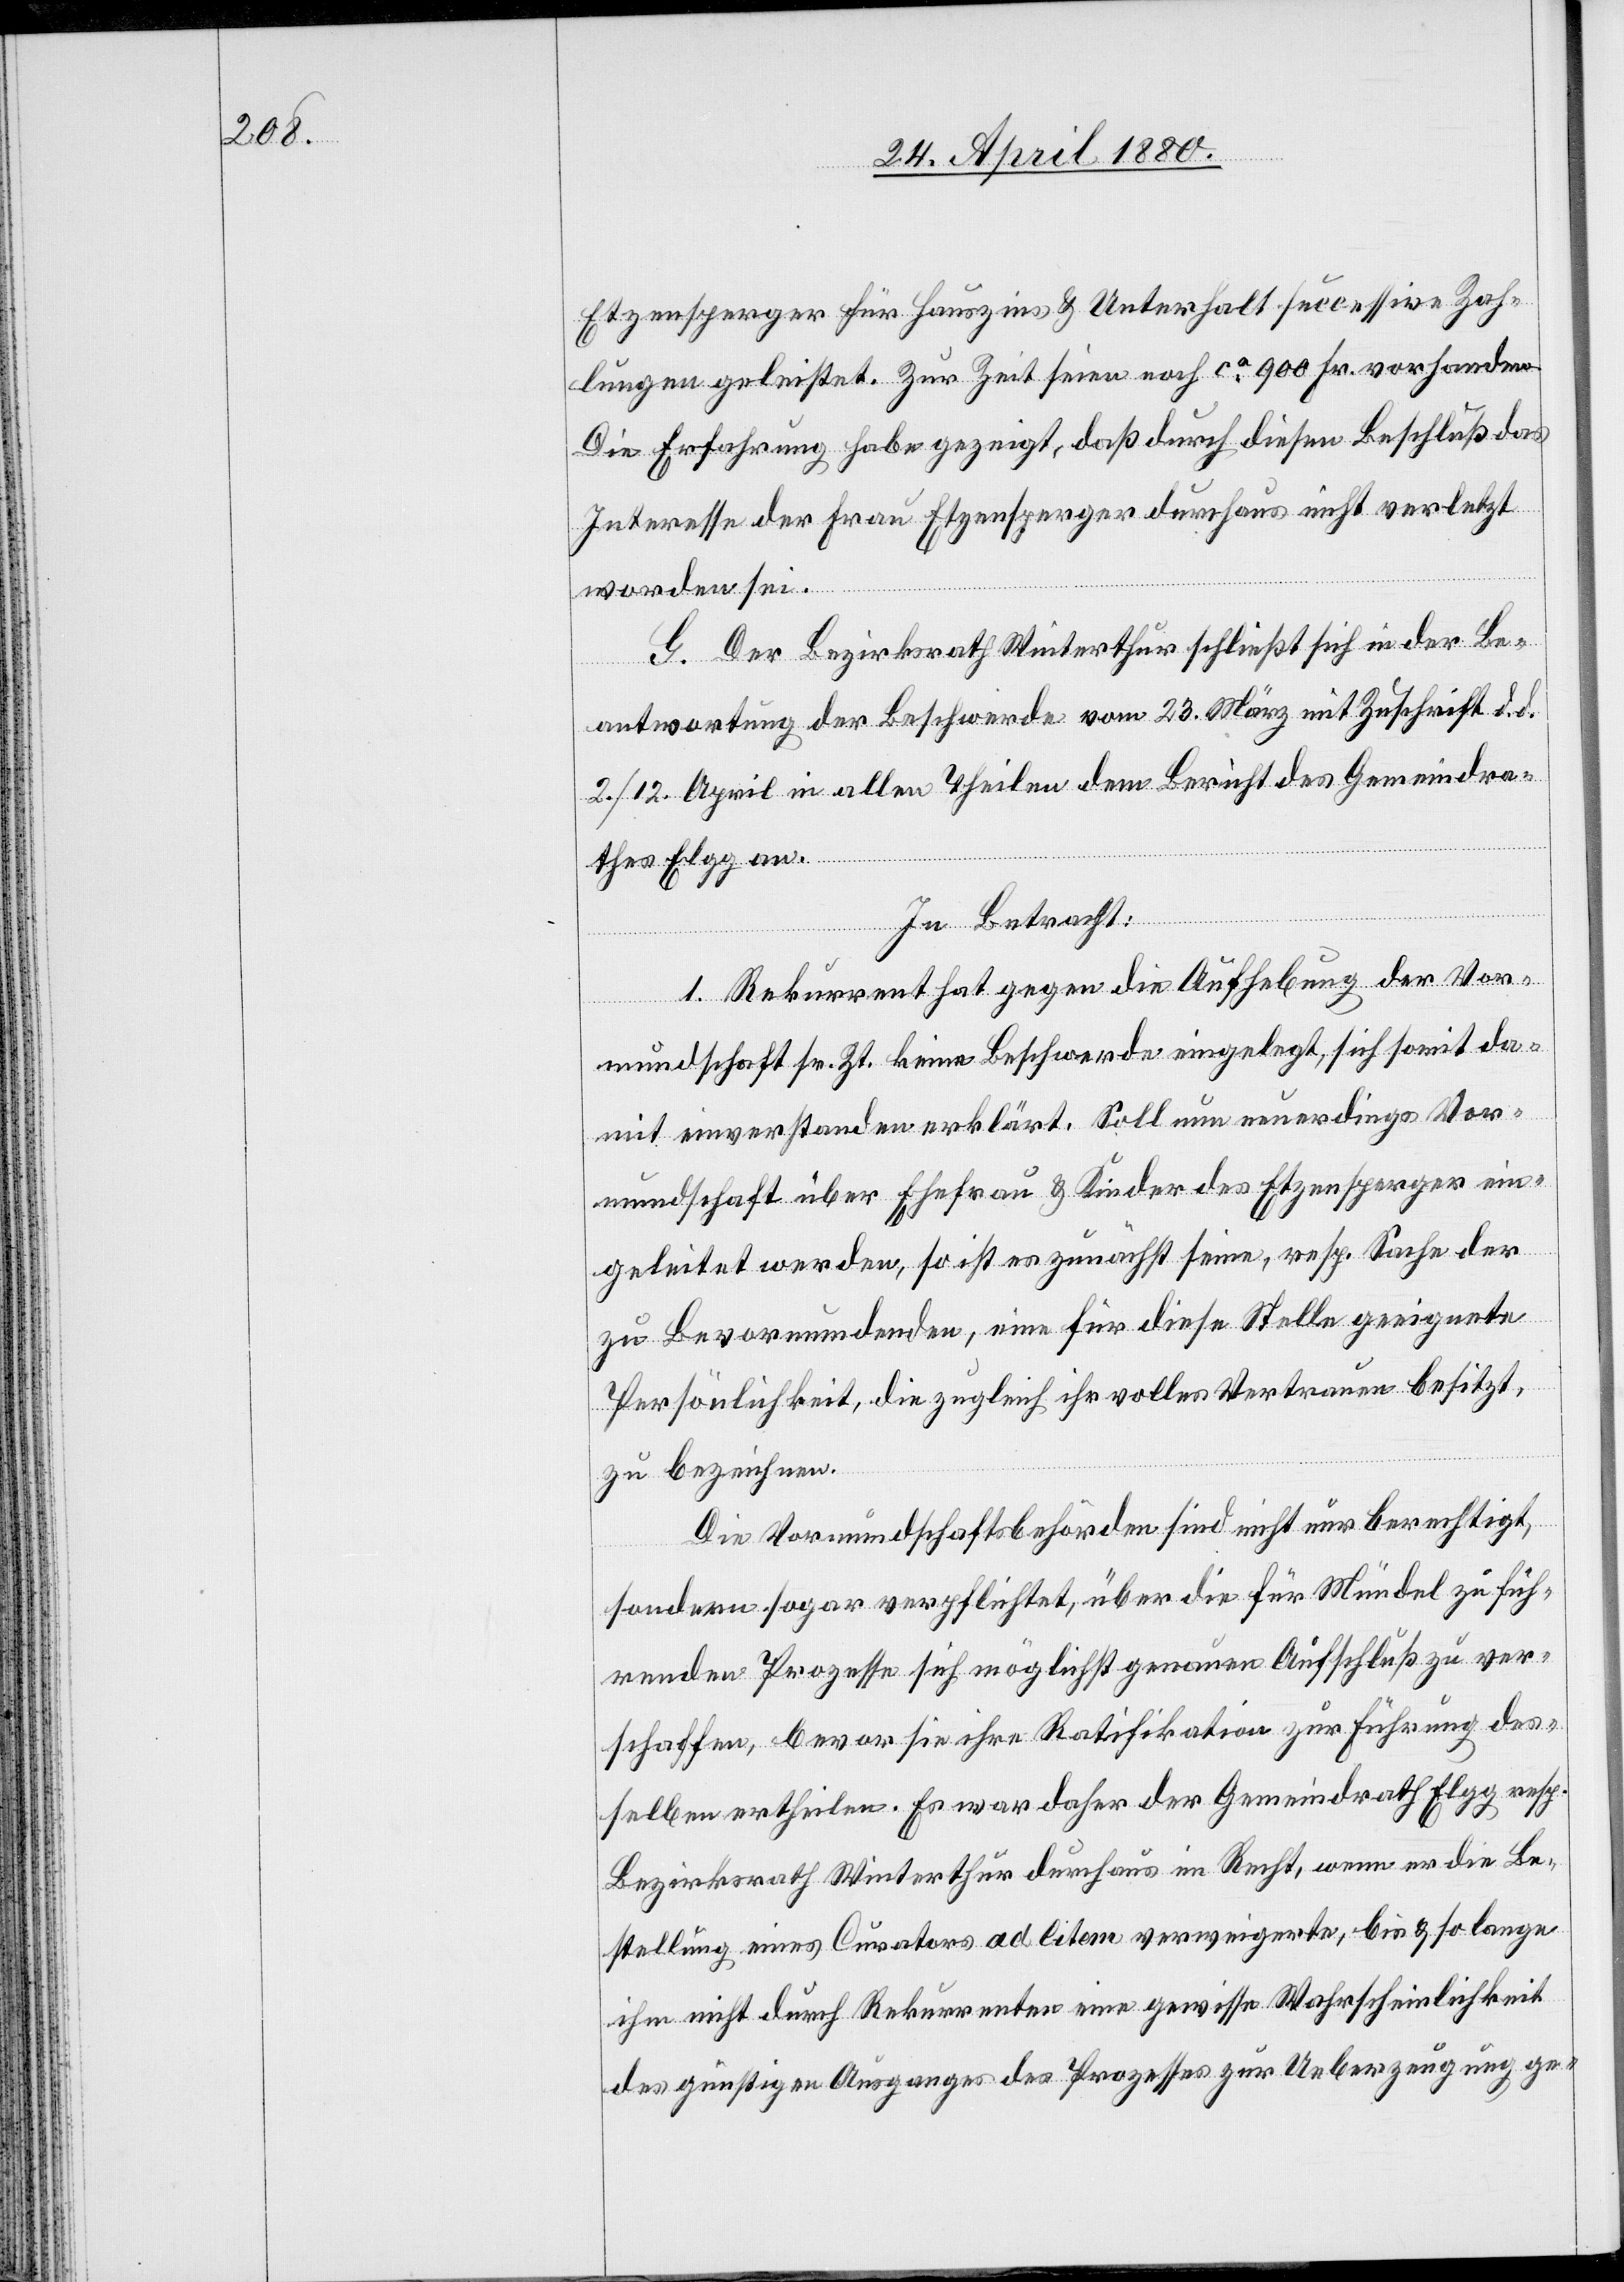
Etzensperger für Hauszins & Unterhalt successive Zah¬
lungen geleistet. Zur Zeit seien noch ca 900 Fr. vorhanden.
Die Erfahrung habe gezeigt, daß durch diesen Beschluß das
Interesse der Frau Etzensperger durchaus nicht verletzt
worden sei.
G. Der Bezirksrath Winterthur schließt sich in der Be¬
antwortung der Beschwerde vom 23. März mit Zuschrift d. d.
2./12. April in allen Theilen dem Bericht des Gemeindra¬
thes Elgg an.
In Betracht:
1. Rekurrent hat gegen die Aufhebung der Vor¬
mundschaft sr. Zt. keine Beschwerde eingelegt, sich somit da¬
mit einverstanden erklärt. Soll nun neuerdings Vor¬
mundschaft über Ehefrau & Kinder des Etzensperger ein¬
geleitet werden, so ist es zunächst seine, resp. Sache der
zu Bevormundenden, eine für diese Stelle geeignete
Persönlichkeit, die zugleich ihr volles Vertrauen besitzt,
zu bezeichnen.
Die Vormundschaftsbehörden sind nicht nur berechtigt,
sondern sogar verpflichtet, über die für Mündel zu füh¬
renden Prozesse sich möglichst genauen Aufschluß zu ver¬
schaffen, bevor sie ihre Ratifikation zur Führung des¬
selben ertheilen. Es war daher der Gemeindrath Elgg resp.
Bezirksrath Winterthur durchaus im Recht, wenn er die Be¬
stellung eines Curators ad litem verweigerte, bis & so lange
ihm nicht durch Rekurrenten eine gewisse Wahrscheinlichkeit
des günstigen Ausganges des Prozesses zur Ueberzeugung ge-